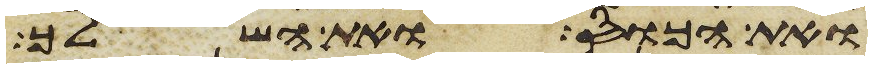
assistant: ואת הכוס ואת השלך